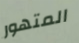
المتهور